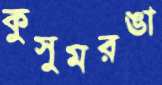
কুসুমরঙা